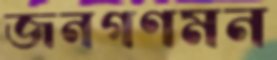
জনগণমন